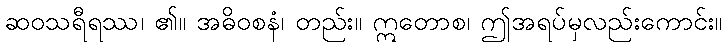
ဆဝသရီရဿ၊ ၏။ အဓိဝစနံ၊ တည်း။ ဣတောစ၊ ဤအရပ်မှလည်းကောင်း။